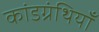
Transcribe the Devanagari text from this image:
कांडग्रंथियाँ